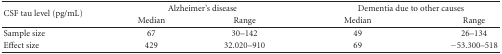
| <ROWSPAN=2> CSF tau level (pg/mL) | <COLSPAN=2> Alzheimer's disease | <COLSPAN=2> Dementia due to other causes |
 | Median | Range | Median | Range |
 | --- | --- | --- | --- | --- |
 | Sample size | 67 | 30–142 | 49 | 26–134 |
 | Effect size | 429 | 32.020–910 | 69 | −53.300–518 |